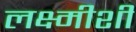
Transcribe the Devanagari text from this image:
लक्ष्मीशी